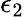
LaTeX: \epsilon_{2}